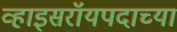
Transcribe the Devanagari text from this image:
व्हाइसरॉयपदाच्या